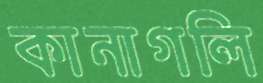
কানাগলি